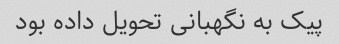
پیک به نگهبانی تحویل داده بود